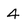
Character: 4